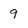
Character: 9